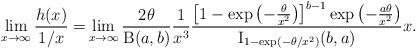
LaTeX: \begin{align*}\lim_{x\to\infty}\frac{h(x)}{1/x}=&\lim_{x\to\infty}\frac{2\theta}{\operatorname{B}(a,b)}\frac{1}{x^3}\frac{\left[ 1-\exp\left(-\frac{\theta}{x^2}\right) \right]^{b-1} \exp\left(-\frac{a\theta}{x^2}\right)}{\operatorname{I}_{1-\exp(-\theta/x^2)}(b,a)}x.\end{align*}